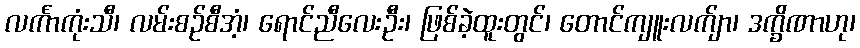
လင်္ကာကုံးသီ၊ လမ်းစဉ်စီအံ့၊ ရောင်ညီလေးဦး၊ ဖြစ်ခဲ့ထူးတွင်၊ တောင်ကျူးလက်ျာ၊ ဒက္ခိဏာဟု၊